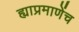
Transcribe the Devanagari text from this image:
ह्याप्रमाणेंच